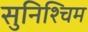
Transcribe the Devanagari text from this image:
सुनिश्चिम